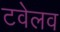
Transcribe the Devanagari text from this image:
टवेलव